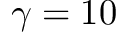
\gamma = 1 0